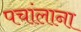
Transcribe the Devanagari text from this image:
पचांलाना